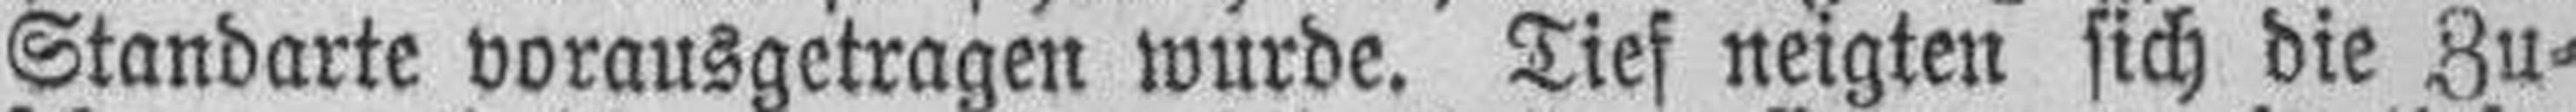
Standarte vorausgetragen wurde. Tief neigten sich die Zu¬